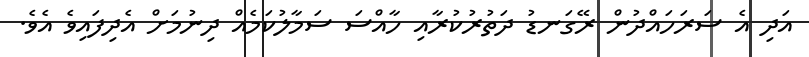
އަދި އެ ސަރަހައްދުން ރޭގަނޑު ދަތުރުކުރާއި ހާއްސަ ސަމާލުކަމެއް ދިނުމަށް އެދިފައިވެ އެވެ.